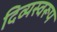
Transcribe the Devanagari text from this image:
दिव्यस्वरूप